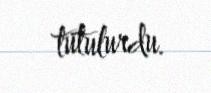
tutulurdu.